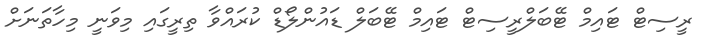
ރީސިޓް ޓައިމް ޓޭބަލްރީސިޓް ޓައިމް ޓޭބަލް ޑައުންލޯޑް ކުރައްވާ ތިރީގައި މިވަނީ މިހާތަނަށް